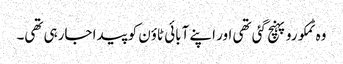
وہ ٹمکورو پہنچ گئی تھی اور اپنے آبائی ٹاؤن کو پیدا جارہی تھی۔